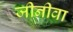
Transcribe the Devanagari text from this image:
जीनीवा